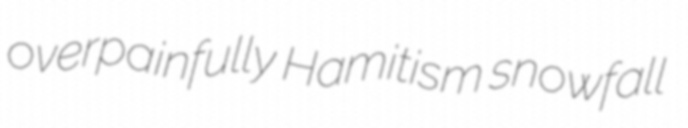
overpainfully Hamitism snowfall